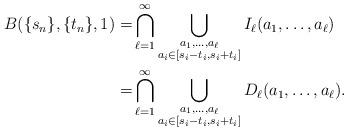
LaTeX: \begin{align*}B(\{s_n\}, \{t_n\},1) =& \bigcap_{\ell=1}^\infty \bigcup_{\substack{ a_1,\ldots,a_\ell \\ a_i \in [s_i-t_i, s_i+t_i] }} I_\ell(a_1,\ldots,a_\ell) \\= &\bigcap_{\ell=1}^\infty \bigcup_{\substack{ a_1,\ldots,a_\ell \\ a_i \in [s_i-t_i, s_i+t_i] }} D_\ell(a_1,\ldots,a_\ell).\end{align*}